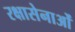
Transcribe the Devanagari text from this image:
रक्षासेनाओं